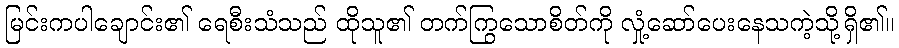
မြင်းကပါချောင်း၏ ရေစီးသံသည် ထိုသူ၏ တက်ကြွသောစိတ်ကို လှုံ့ဆော်ပေးနေသကဲ့သို့ရှိ၏။